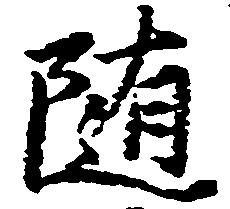
随